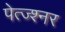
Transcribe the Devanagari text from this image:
पेत्ज्श्नर